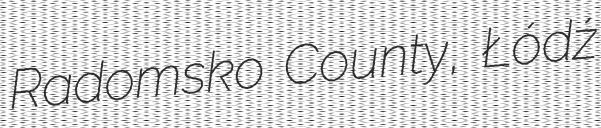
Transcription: Radomsko County, Łódź